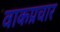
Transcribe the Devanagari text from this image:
वाकप्रचार